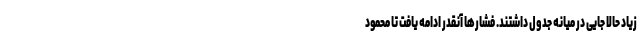
زیاد حالا جایی در میانه جدول داشتند. فشارها آنقدر ادامه یافت تا محمود